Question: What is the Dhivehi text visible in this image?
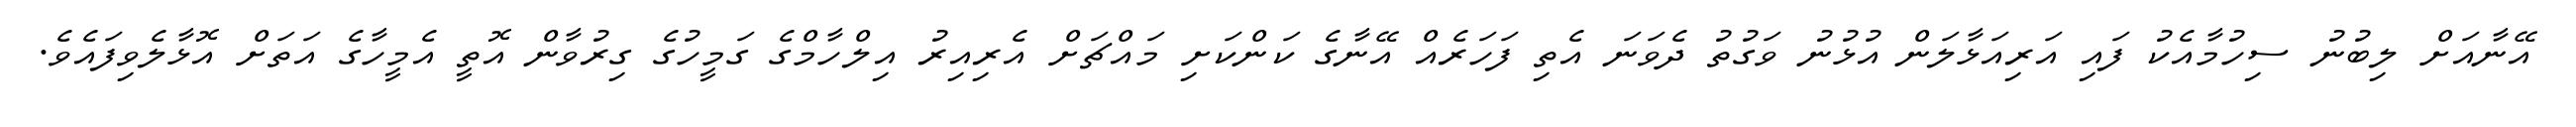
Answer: އޭނާއަށް ލިބުނު ސިހުމާއެކު ފައި އަރިއަޅާލަން އުޅުނު ވަގުތު ދެވަނަ އެތި ފަހަރެއް އޭނާގެ ކަންކަށި މައްޗަށް އެރިއިރު އިލްހާމްގެ ގަމީހުގެ ގިރުވާން އޮތީ އެމީހާގެ އަތަށް އޮޅާލެވިފައެވެ.